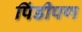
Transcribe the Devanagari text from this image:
पिंडीपण